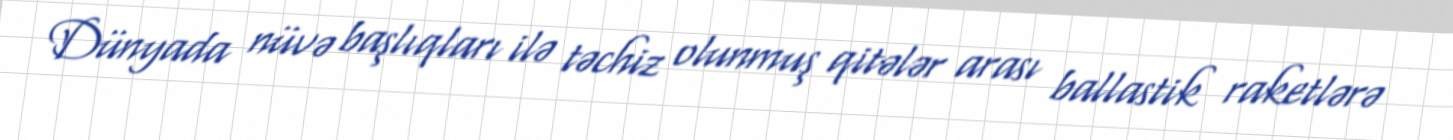
Dünyada nüvə başlıqları ilə təchiz olunmuş qitələr arası ballastik raketlərə